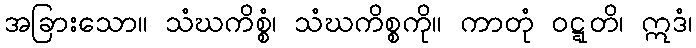
အခြားသော။ သံဃကိစ္စံ၊ သံဃကိစ္စကို။ ကာတုံ ဝဋ္ဋတိ၊ ဣဒံ၊